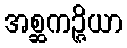
အစ္ဆကဉ္ဇိယာ